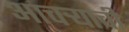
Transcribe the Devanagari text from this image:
आचऱ्याची